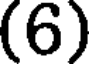
(6)